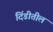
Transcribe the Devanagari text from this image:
दिंडीतील